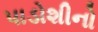
પાડોશીનો